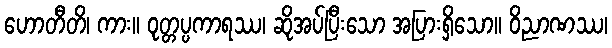
ဟောတီတိ၊ ကား။ ဝုတ္တပ္ပကာရဿ၊ ဆိုအပ်ပြီးသော အပြားရှိသော။ ဝိညာဏဿ၊